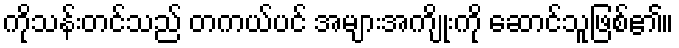
ကိုသန်းတင်သည် တကယ်ပင် အများအကျိုးကို ဆောင်သူဖြစ်၏။